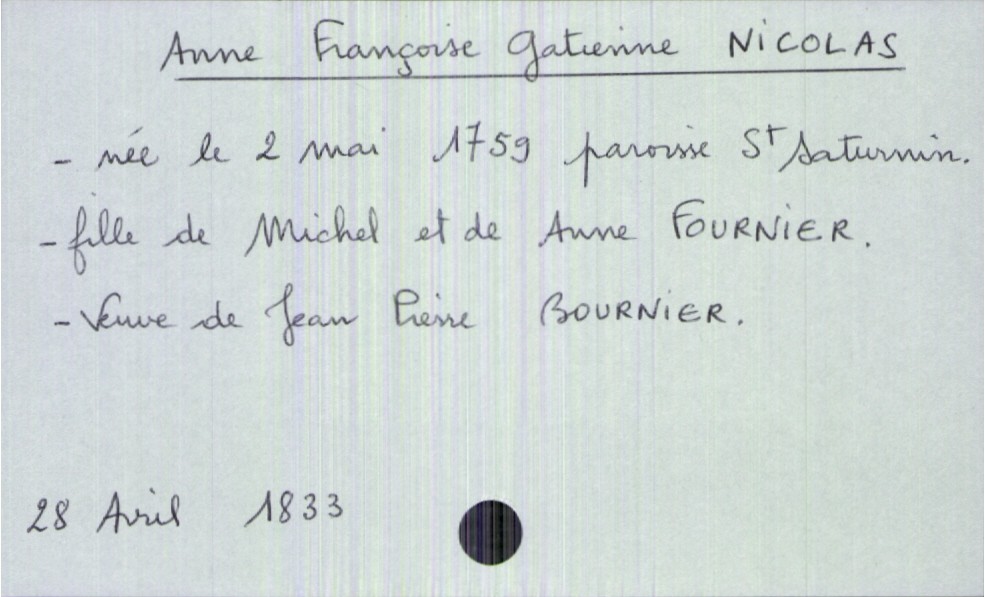
type_acte: Décès
année: 1833
mois: avril
jour: 28
défunt_nom: Nicolas
défunt_prénom: Anne Françoise Gatienne
défunt_sexe: F
défunt_date_de_naissance: 2 mai 1759
défunt_lieu_de_naissance: Paroisse Saint Saturnin
défunt_statut: veuf(ve)
père_défunt_nom: Nicolas
père_défunt_prénom: Michel
mère_défunt_nom: Fournier
mère_défunt_prénom: Anne